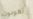
تعودون